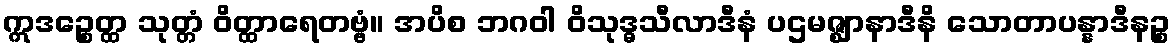
ဣဒဉ္စေတ္ထ သုတ္တံ ဝိတ္ထာရေတဗ္ဗံ။ အပိစ ဘဂဝါ ဝိသုဒ္ဓသီလာဒီနံ ပဌမဇ္ဈာနာဒီနိ သောတာပန္နာဒီနဉ္စ